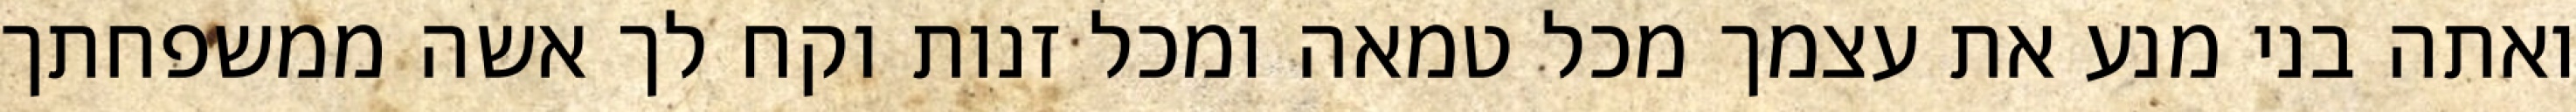
ואתה בני מנע את עצמך מכל טמאה ומכל זנות וקח לך אשה ממשפחתך